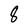
Character: 8